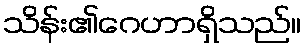
သိန်း၏ဂေဟာရှိသည်။